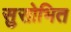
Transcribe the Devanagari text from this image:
सुसोभित